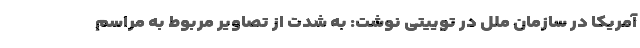
آمریکا در سازمان ملل در توییتی نوشت: به شدت از تصاویر مربوط به مراسم